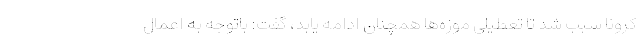
کرونا سبب شد تا تعطیلی موزه‌ها همچنان ادامه یابد، گفت: باتوجه به اعمال